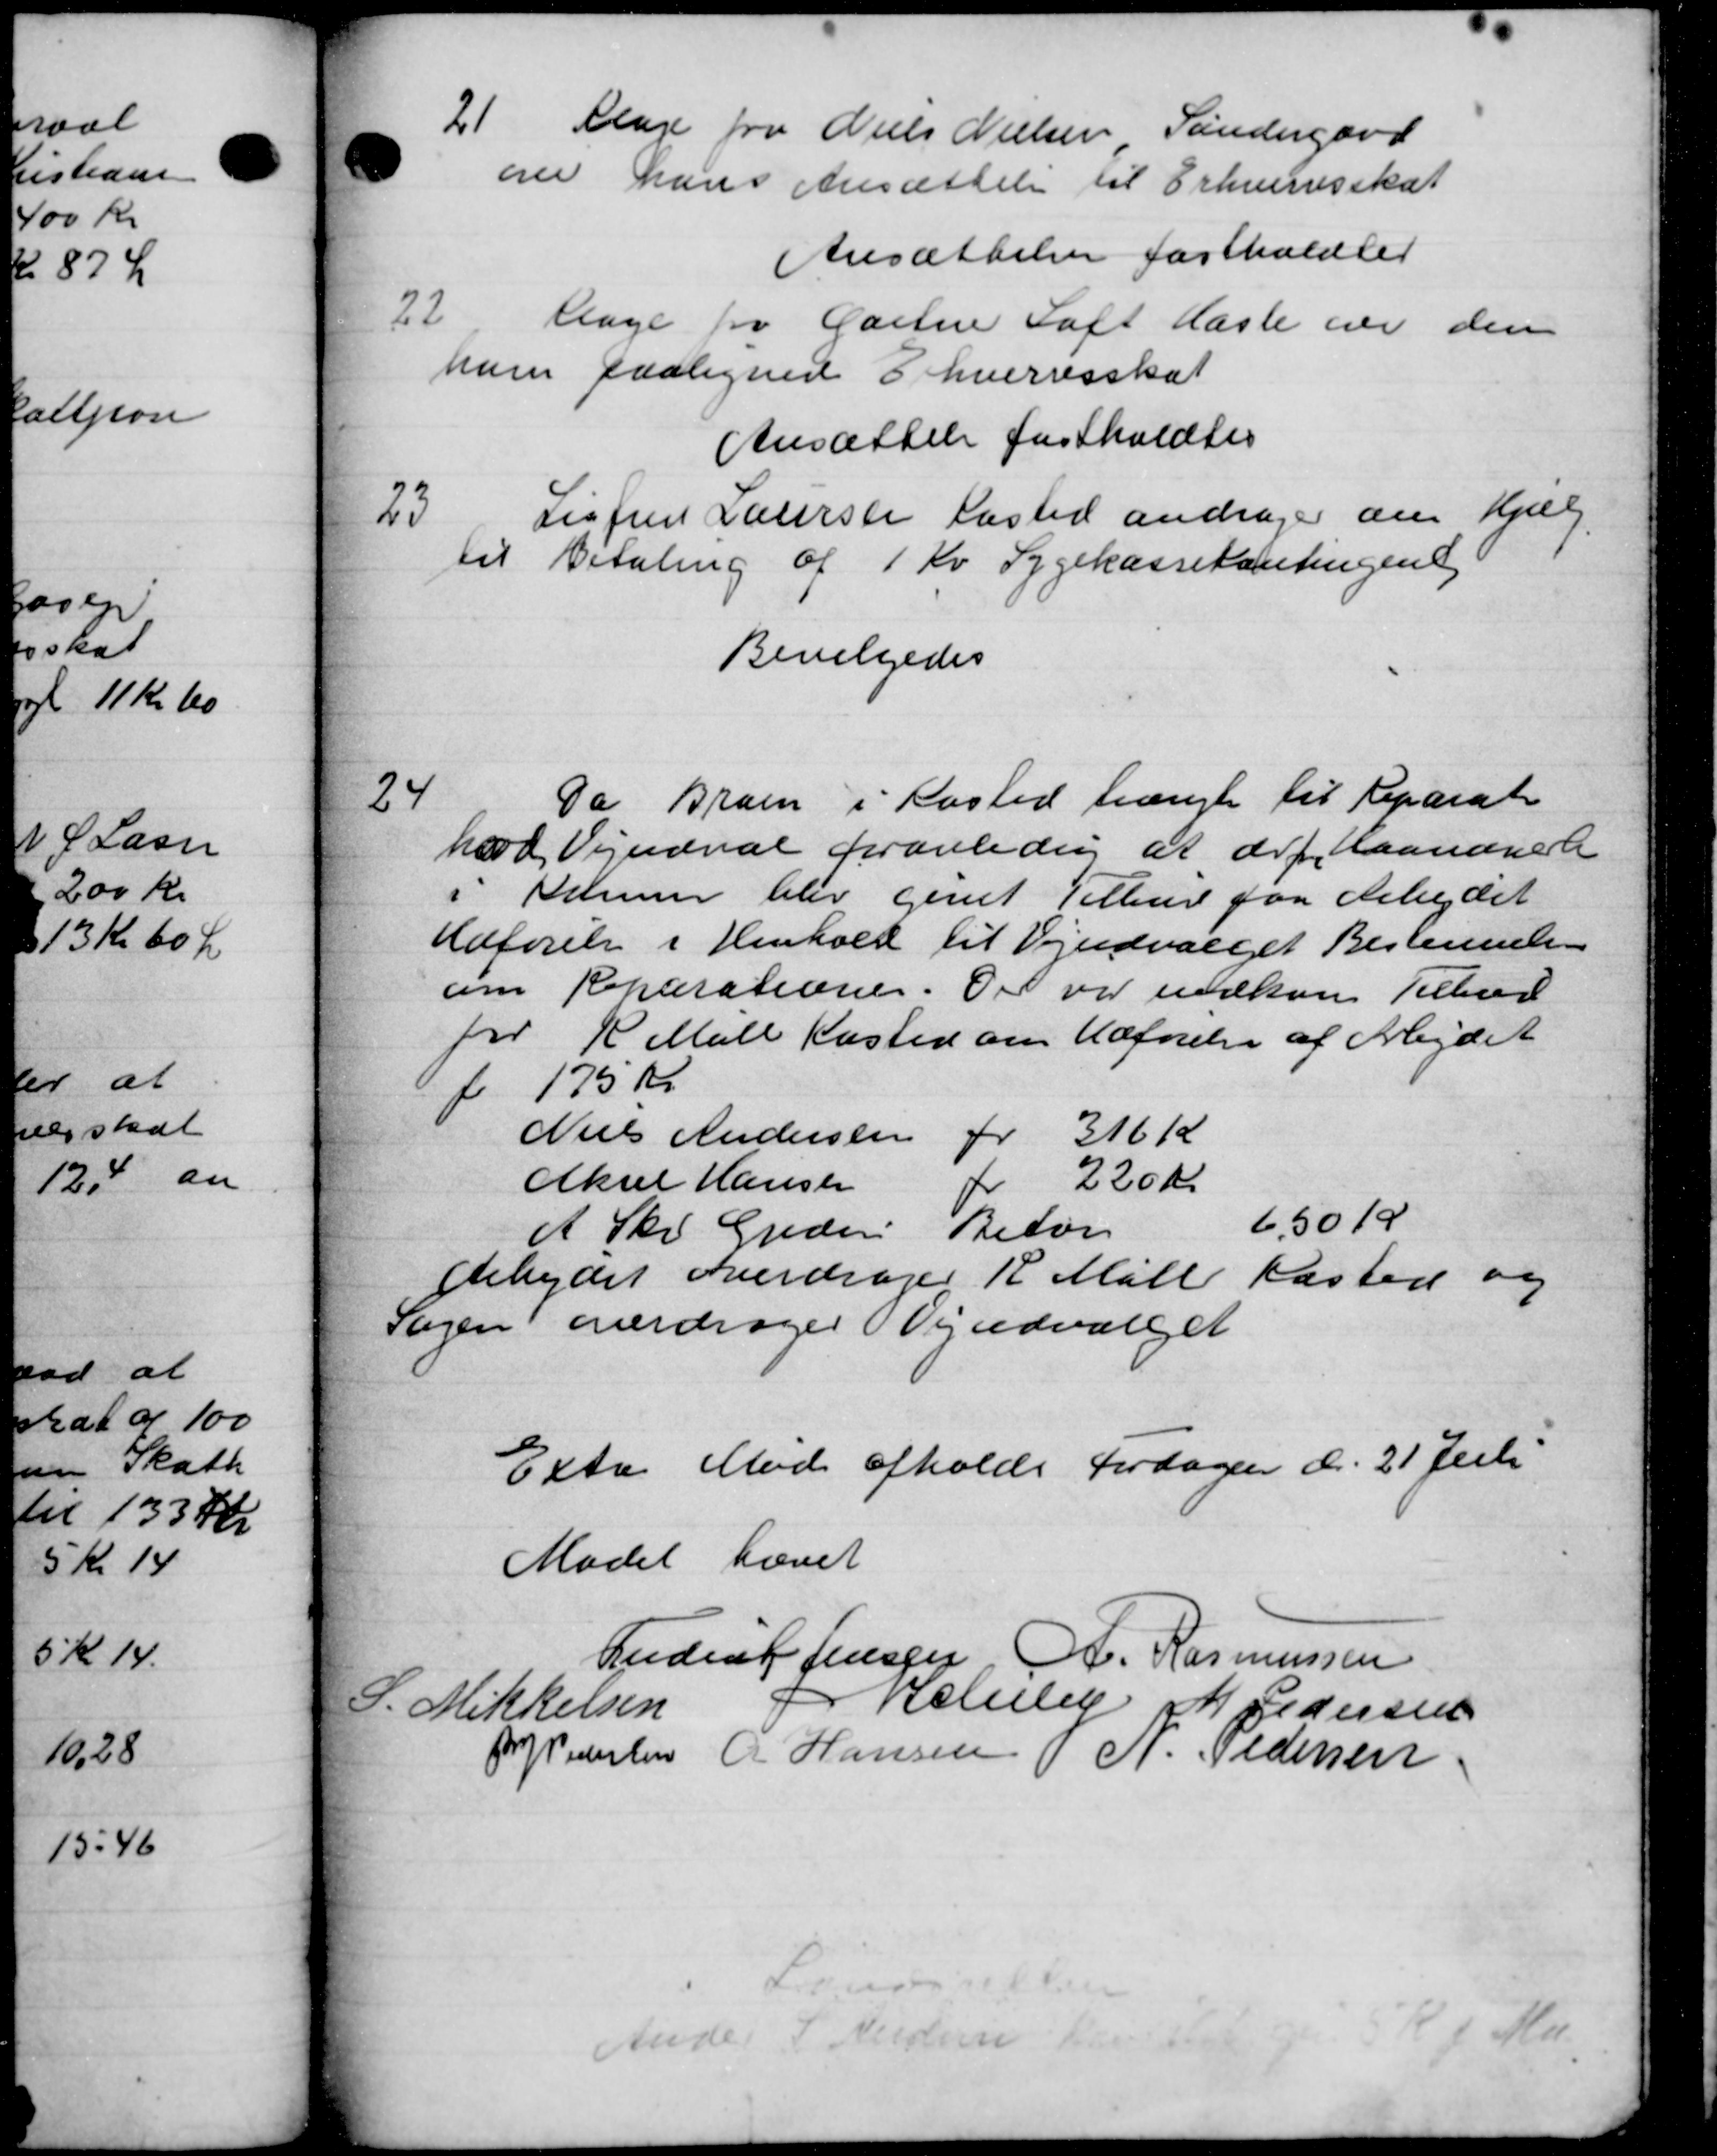
Transskription:
21
Klage fra Niels Nielsen Søndergaard
over hans Ansættelse til Erhvervsskat
Ansættelser fastholdtes
22
klage fra Gartne Loft Hasle over den
ham paaligned Erhvervsskat
Ansættelse fastholdtes
23
Sigfred Laursen Kasted andrager om Hjælp.
til Betaling af 1 Kr Sygekassekontingen
Bevilgedes
24
Da Braen i Kasted trængt til Reparat
hood Vejudval foranlednig at det laanerele
i Borum blev givet Tilbud paa Arbejdet
Udførelse i Henhold til Vejudvalget Bestemmels
om Reparationer. Der var indkom Tilbud
for R Mall Kasted om Udførelse af Arbejdet
f 175 Kr.
Niels Andersen for 31612
Aksel Hansen 2 220 Kr.
A Skr. Greders Beton 6,5019
Arbejdet overdrager R. Mølle Kasted og
Sagen overdrages Vejudvalget
Exte Møde afholdt Fordagen d. 21 Juli
Mødet hævet
Ludent Jensen, A. Rasmussen
L. Mikkelsen
Selby M. Pedersen
R Pedersen R Hansen N. Pedersen